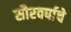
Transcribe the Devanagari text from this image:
सौरवर्षाचे